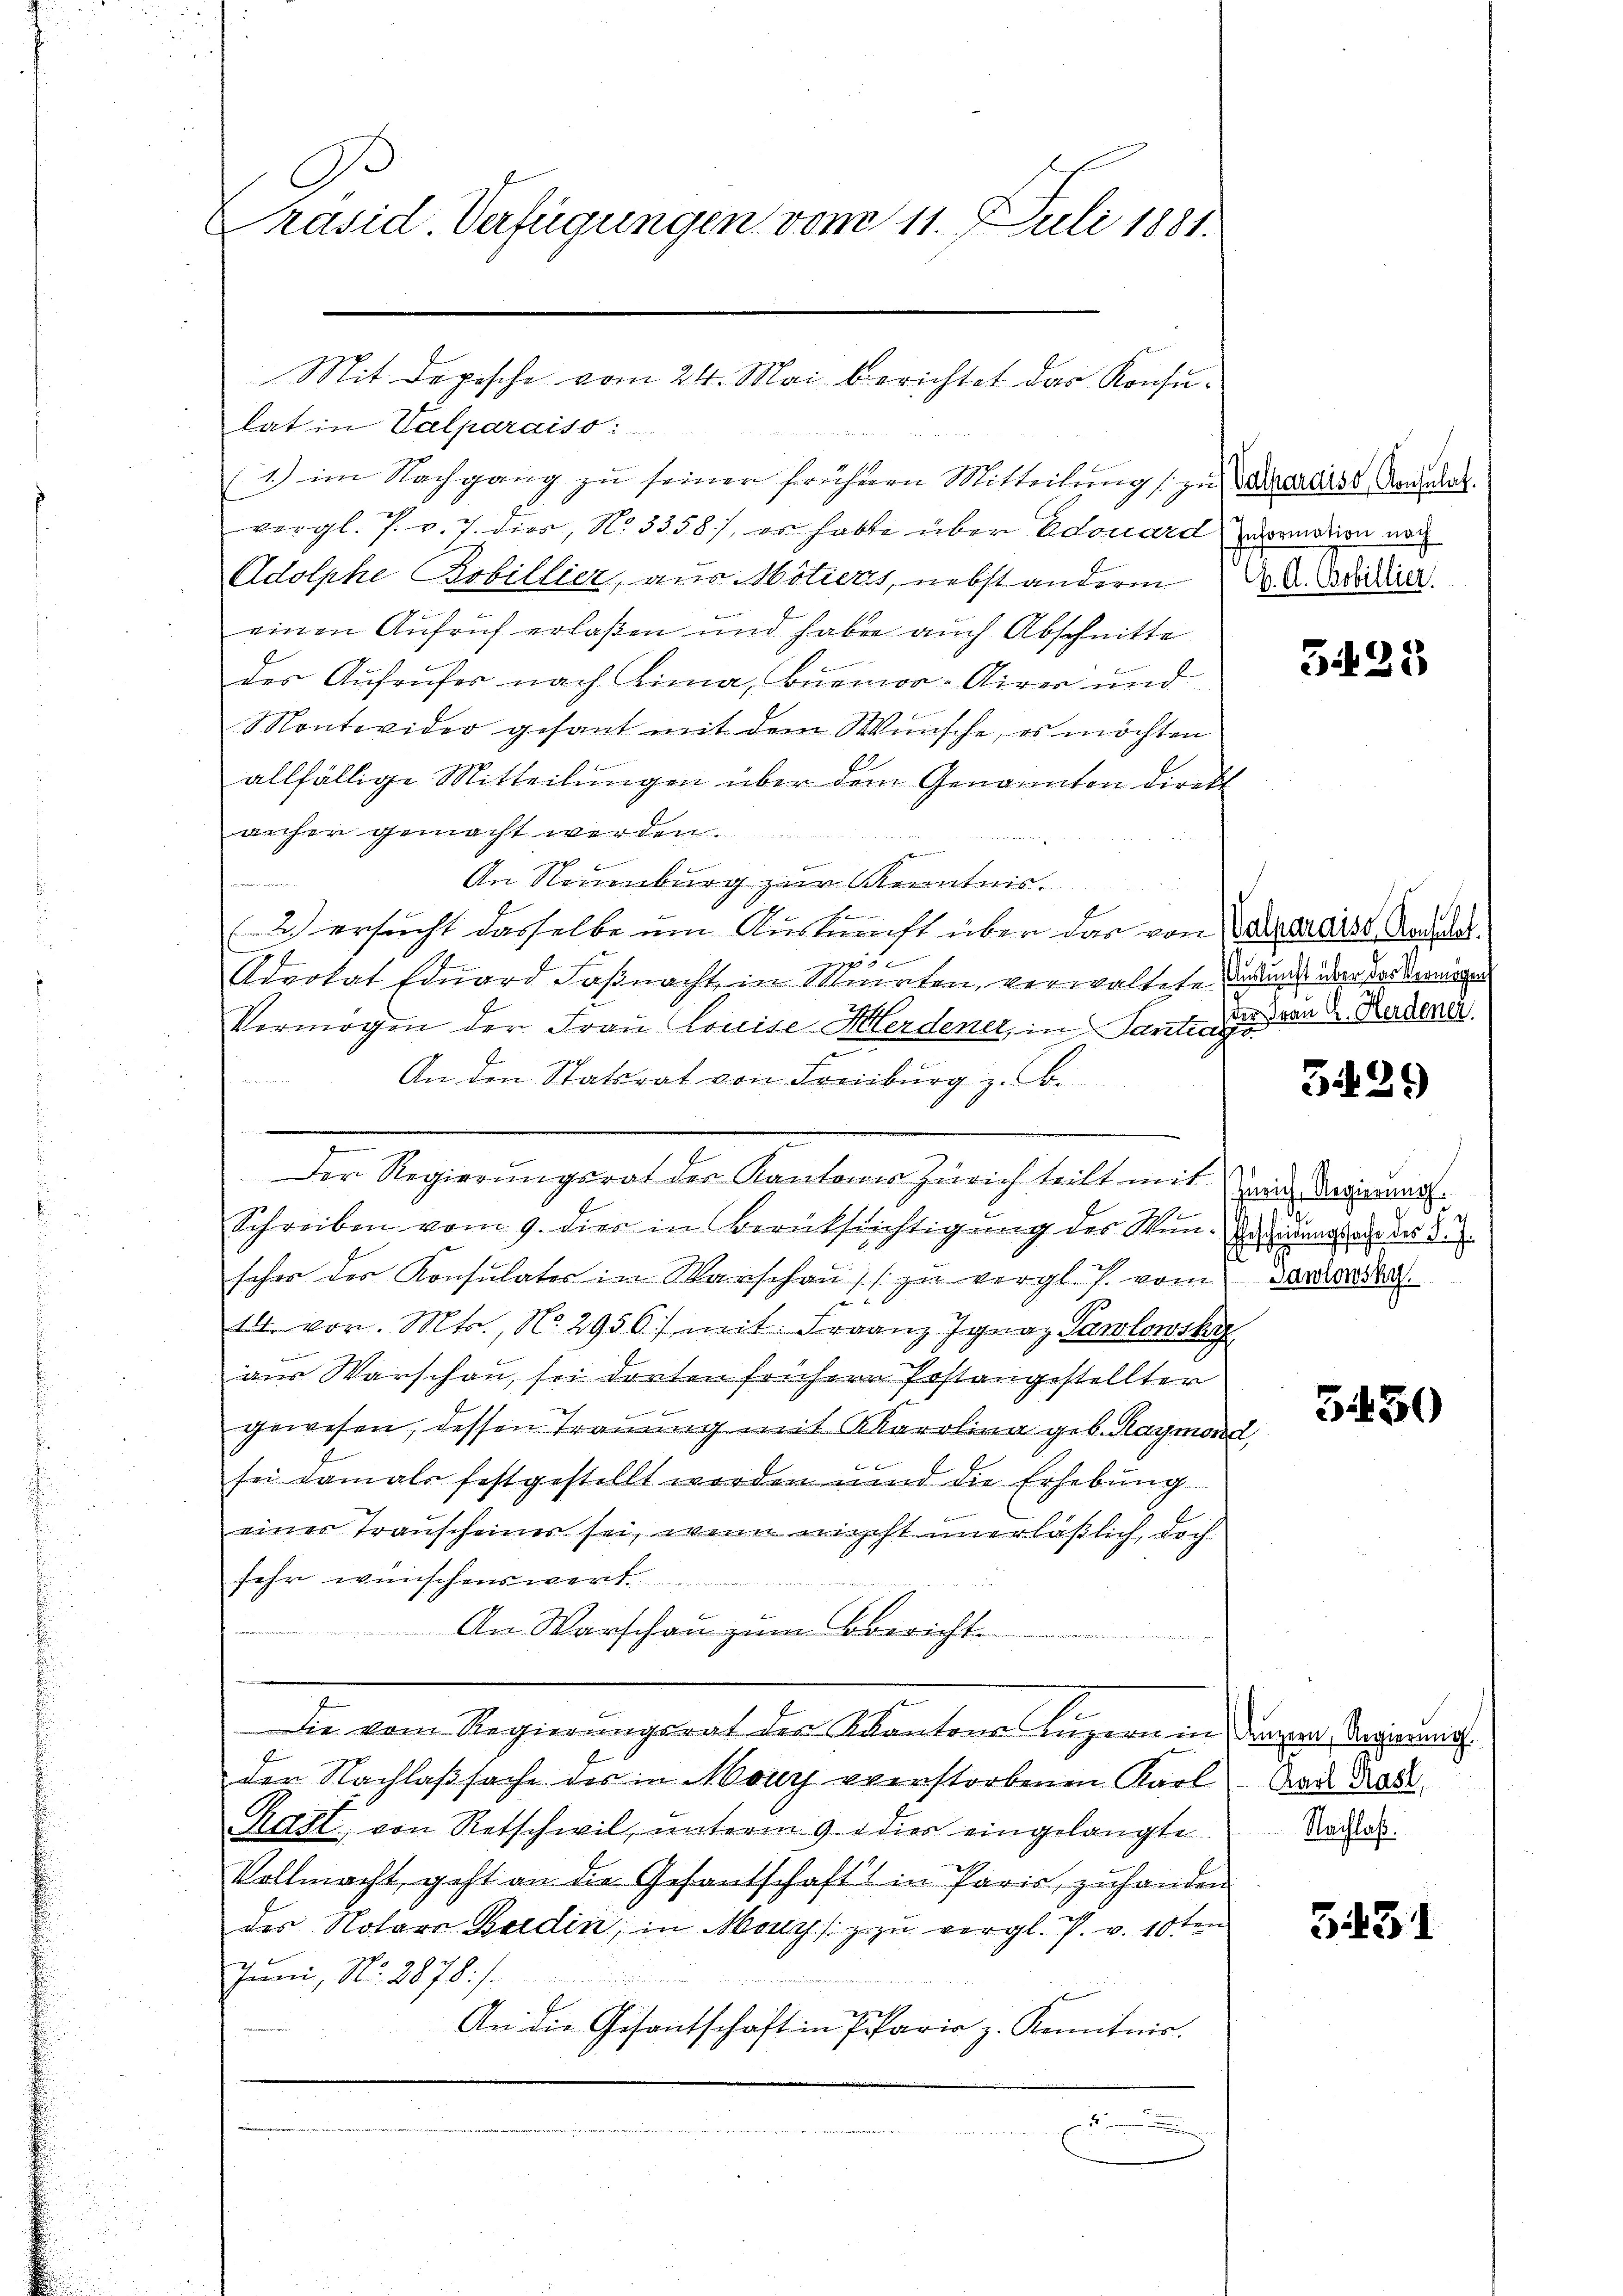
Präsid Verfügungen vom 11. Juli 1881.

lat in Valparaiso:
Beute sie der
(1.) im Nachgang zu seiner frühern Mitteilung zu der dass Andre
vergl. P. v. 7. dies, No 3358), er habte über Edouard zuvormation noch
Adolphe Bsbillier, aus Motiers, nebst anderm 8. d. Beding.
einen Aufruf erlaßen und haben auch Abschnitte
des Aufrufes nach Lina, Burmor-Airer und
Montevider gesant mit dem Wünsche, es möchten
allfällige Mitteilungen über dem Genannten direkt
anher gemacht werden.
e
An Neuenburg zur Kenntnis.
17
e
2.) ersucht dasselbe um Auskunft über das von Karporaist Saddas.
6x
Advokat Eduard Faßnacht, in Minuten, verwaltete darum der sondermagen
Vermögen der Frau Louise-Merdener, in Sante in den 2. Redener
 Br 225
An den Statsrat von Freiburg z. i
Der Regierungsrat der Kantons Zürich teilt mit ein Revisorar.
2
Schreiben vom 9. dies in Berüksichtigung des Win- und an der 3
scher der Konsulater in Warschaŭ zŭ vergl. P. vom Barbara
14. vor. Mts., N. 2956) mit Franz Ignaz Pawlowsky
aus Warschau, sei dorten früherr Postangestellter
gewesen, dessen Trauung mit Karolina geb. Raymond
l
sei damals festgestellt worden und die Erhebung
eines Transcheines sei, wenn nicht unerläßlich, doch
sehr wünschenswert
An Warschau zum Bericht
Die vom Regierungsrat der Kantons Luzern in Dunzern Regierung.
der Nachlaßsache des in Mouyj vverstorbenen Karl
Ratt, von Retschwil, unterm 9. d. dies eingelangte
Vollmacht, geht an die Gesantschaft in Paris, zuhanden
des Notars Bedin, in Mouysz zu vergl. P. v. 10ten
Juni, No. 2878:/.
tenen
An die Gesantschaft in Parie z. Komitnis.
.

Mit Depesche vom 24. Mai berichtet das Konsu¬

525

3429

3450

Karl Rast,
Nachlaß.

5431